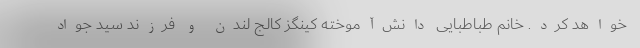
خواهد کرد. خانم طباطبایی دانش‌آموخته کینگز کالج لندن و فرزند سید جواد